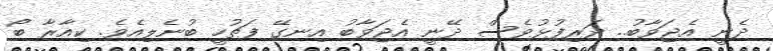
ދެނީ އެޖަވާބު.. ދަރިފުޅުވެސް ދޭނީ އެޖަވާބު އިނގޭ ފަތުހީ ބުނެލިއެވެ. ކިއާރާ ބޯ